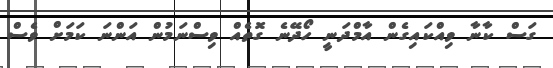
ގަސް ކާނާ ވިއްކައިގެން އާމްދަނީ ހޯދޭނެ ގޮތެއް ވިސްނަމުން އަންނަ ކަމަށް ވެސް